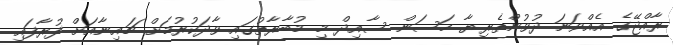
ރާއްޖޭގެ އެއްވަނަ ދުވުންތެރިޔާ ހަސަން ސާއިދް މި މުބާރާތުގައި ވާދަކުރުމަށް ޗައިނާއަށް ފުރާފައި